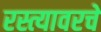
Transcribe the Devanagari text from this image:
रस्त्यावरचे